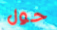
حول